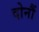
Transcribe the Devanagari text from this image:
दोनौं